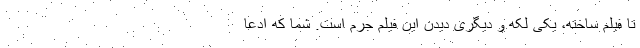
تا فیلم ساخته، یکی لکه و دیگری دیدن این فیلم جرم است. شما که ادعا